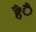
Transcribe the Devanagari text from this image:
हैंै